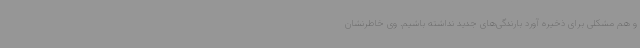
و هم مشکلی برای ذخیره آورد بارندگی‌های جدید نداشته باشیم. وی خاطرنشان